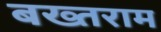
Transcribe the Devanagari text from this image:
बख्तराम